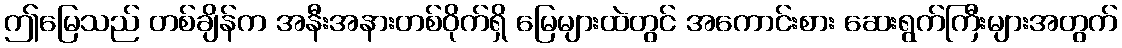
ဤမြေသည် တစ်ချိန်က အနီးအနားတစ်ဝိုက်ရှိ မြေများထဲတွင် အကောင်းစား ဆေးရွက်ကြီးများအတွက်